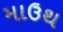
માઉથ